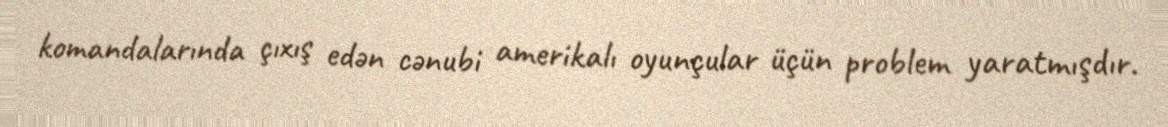
komandalarında çıxış edən cənubi amerikalı oyunçular üçün problem yaratmışdır.